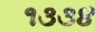
૧૩૩૪